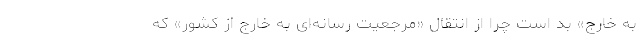
به خارج» بد است چرا از انتقال «مرجعیت رسانه‌ای به خارج از کشور» که